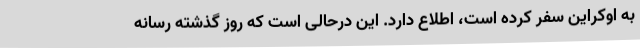
به اوکراین سفر کرده است، اطلاع دارد. این درحالی است که روز گذشته رسانه